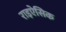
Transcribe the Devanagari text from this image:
राइऐसिक